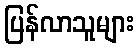
ပြန်လာသူများ